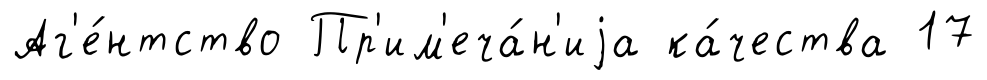
Аг'е́нтство Пр'им'еча́н'иjа ка́чества 17